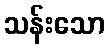
သန်းသော